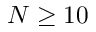
N \ge 1 0